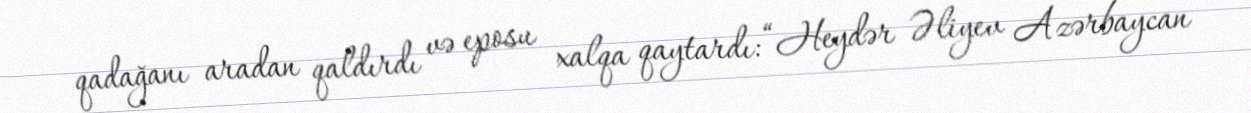
qadağanı aradan qaldırdı və eposu xalqa qaytardı: “Heydər Əliyev Azərbaycan